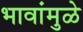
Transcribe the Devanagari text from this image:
भावांमुळे